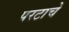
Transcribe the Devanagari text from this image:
परटाचे